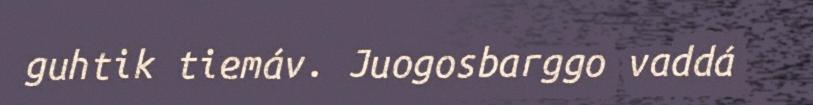
guhtik tiemáv. Juogosbarggo vaddá